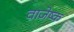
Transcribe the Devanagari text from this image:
वाजेष्क